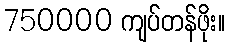
750000 ကျပ်တန်ဖိုး။